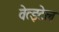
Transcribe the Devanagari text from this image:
वेत्झ्टेल